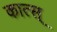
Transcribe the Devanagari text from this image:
कात्स्